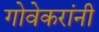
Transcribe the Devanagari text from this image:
गोवेकरांनी